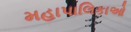
મહાપાલિકાઓ